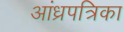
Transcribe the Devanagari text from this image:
आंध्रपत्रिका